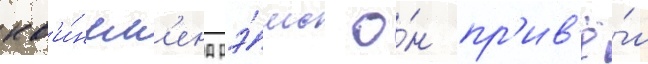
кв'и́нсл'енд рэ́мс о́н пр'ив'ё́л